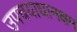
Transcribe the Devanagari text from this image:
उपचयाधानक्षम